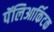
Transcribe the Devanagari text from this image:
पॅलिआर्किटक